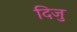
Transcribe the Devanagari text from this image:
दिजु